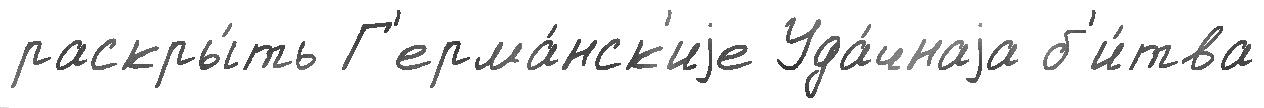
раскры́ть Г'ерма́нск'иjе Уда́чнаjа б'и́тва